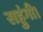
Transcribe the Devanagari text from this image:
सहुंगी।